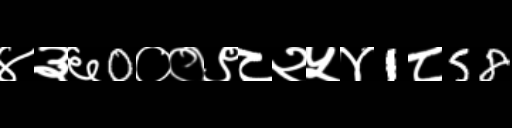
Text: ४३६0००९८२५४1८58